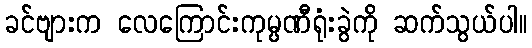
ခင်ဗျားက လေကြောင်းကုမ္ပဏီရုံးခွဲကို ဆက်သွယ်ပါ။